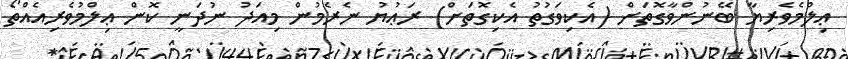
ޢިލްމެވެރިޔާ ބޭނުންވާގޮތަށް (އެކިވަގުތު އެކިގޮތަށް) ރަޢުޔު ނެރެމުން މިއަދު ނުދަނީ ކޮން ޢިލްމުވެރިއެއްތޯ